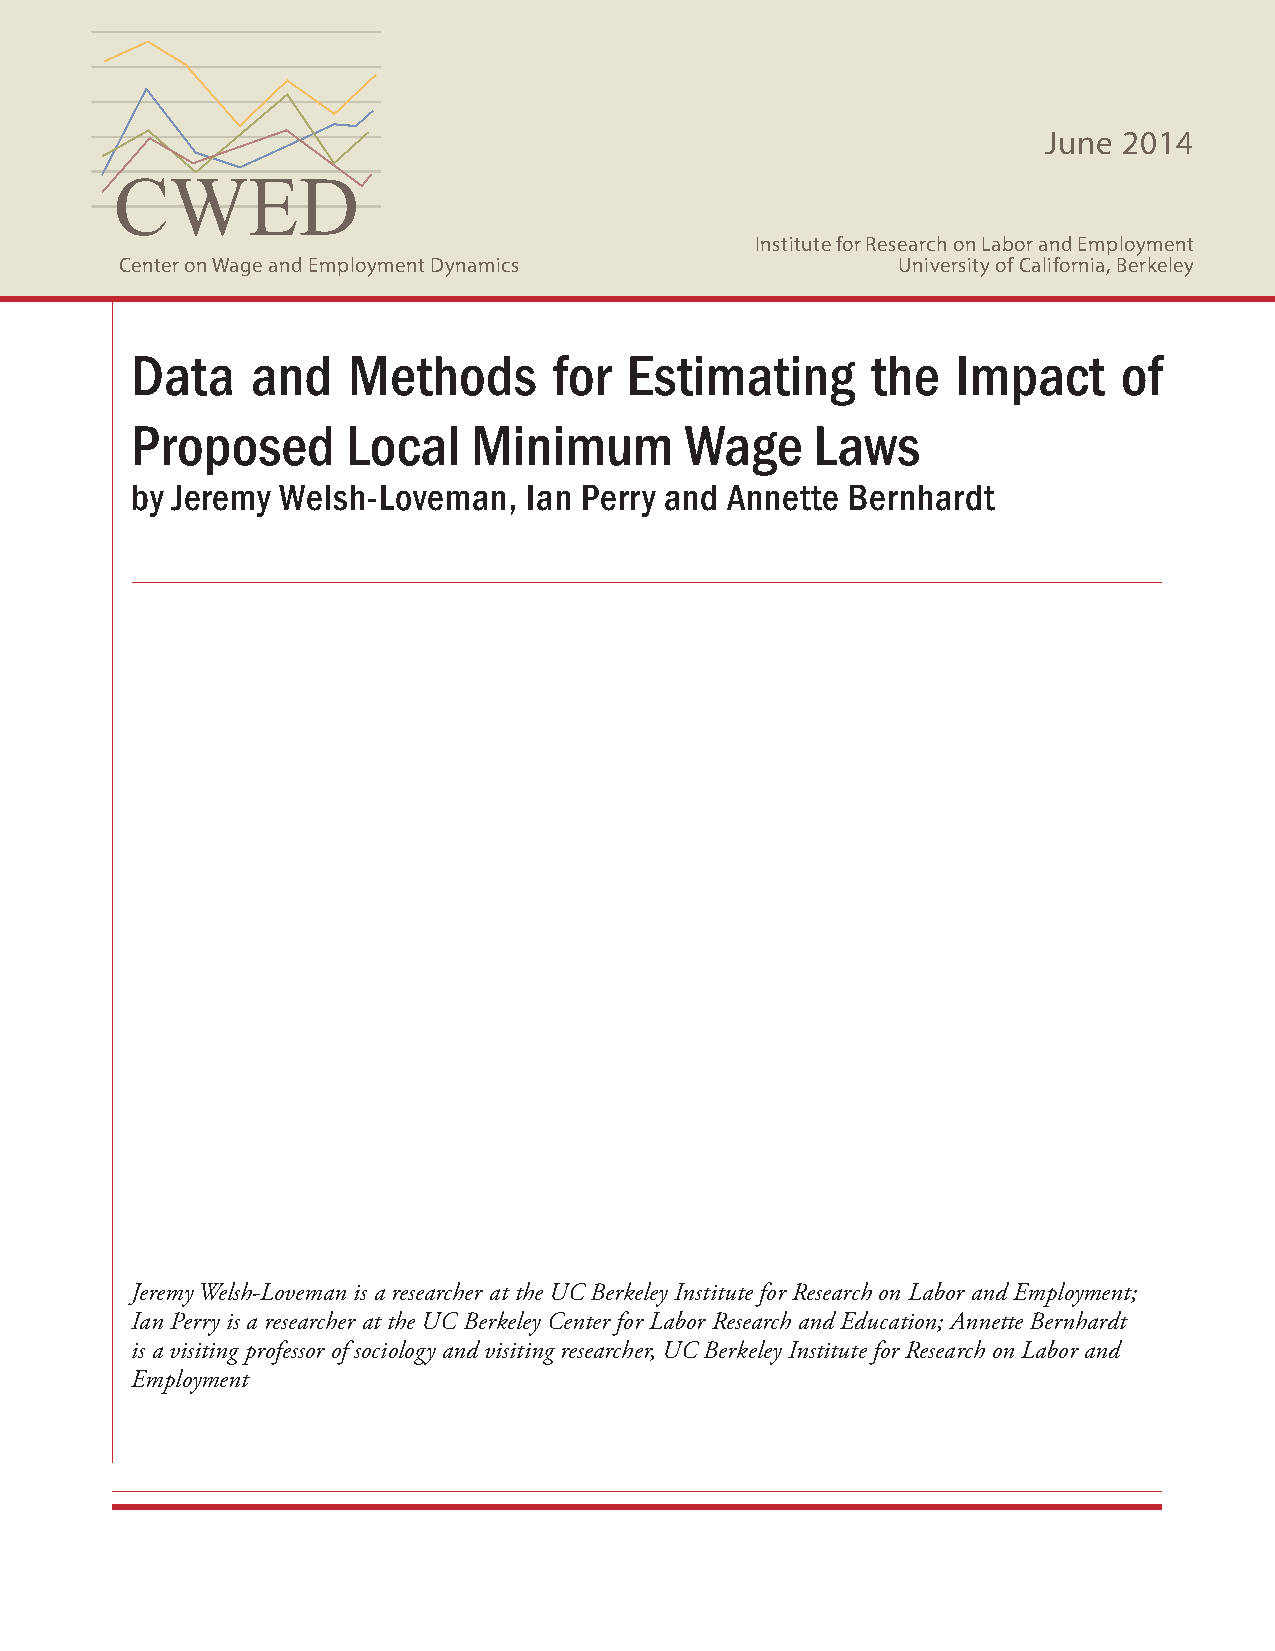
June 2014
 CWED
 Institute for Research on Labor and Employment
 Center on Wage and Employment Dynamics             University of California, Berkeley
 Data    and   Methods       for Estimating       the  Impact     of
 Proposed      Local   Minimum       Wage     Laws
 by Jeremy Welsh-Loveman,  Ian Perry and Annette Bernhardt
 Jeremy Welsh-Loveman is a researcher at the UC Berkeley Institute for Research on Labor and Employment;
 Ian Perry is a researcher at the UC Berkeley Center for Labor Research and Education; Annette Bernhardt
 is a visiting professor of sociology and visiting researcher, UC Berkeley Institute for Research on Labor and
 Employment